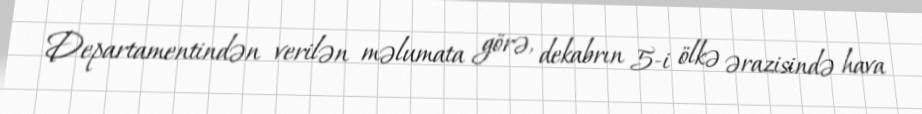
Departamentindən verilən məlumata görə, dekabrın 5-i ölkə ərazisində hava